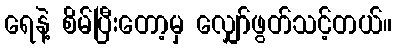
ရေနဲ့ စိမ်ပြီးတော့မှ လျှော်ဖွတ်သင့်တယ်။